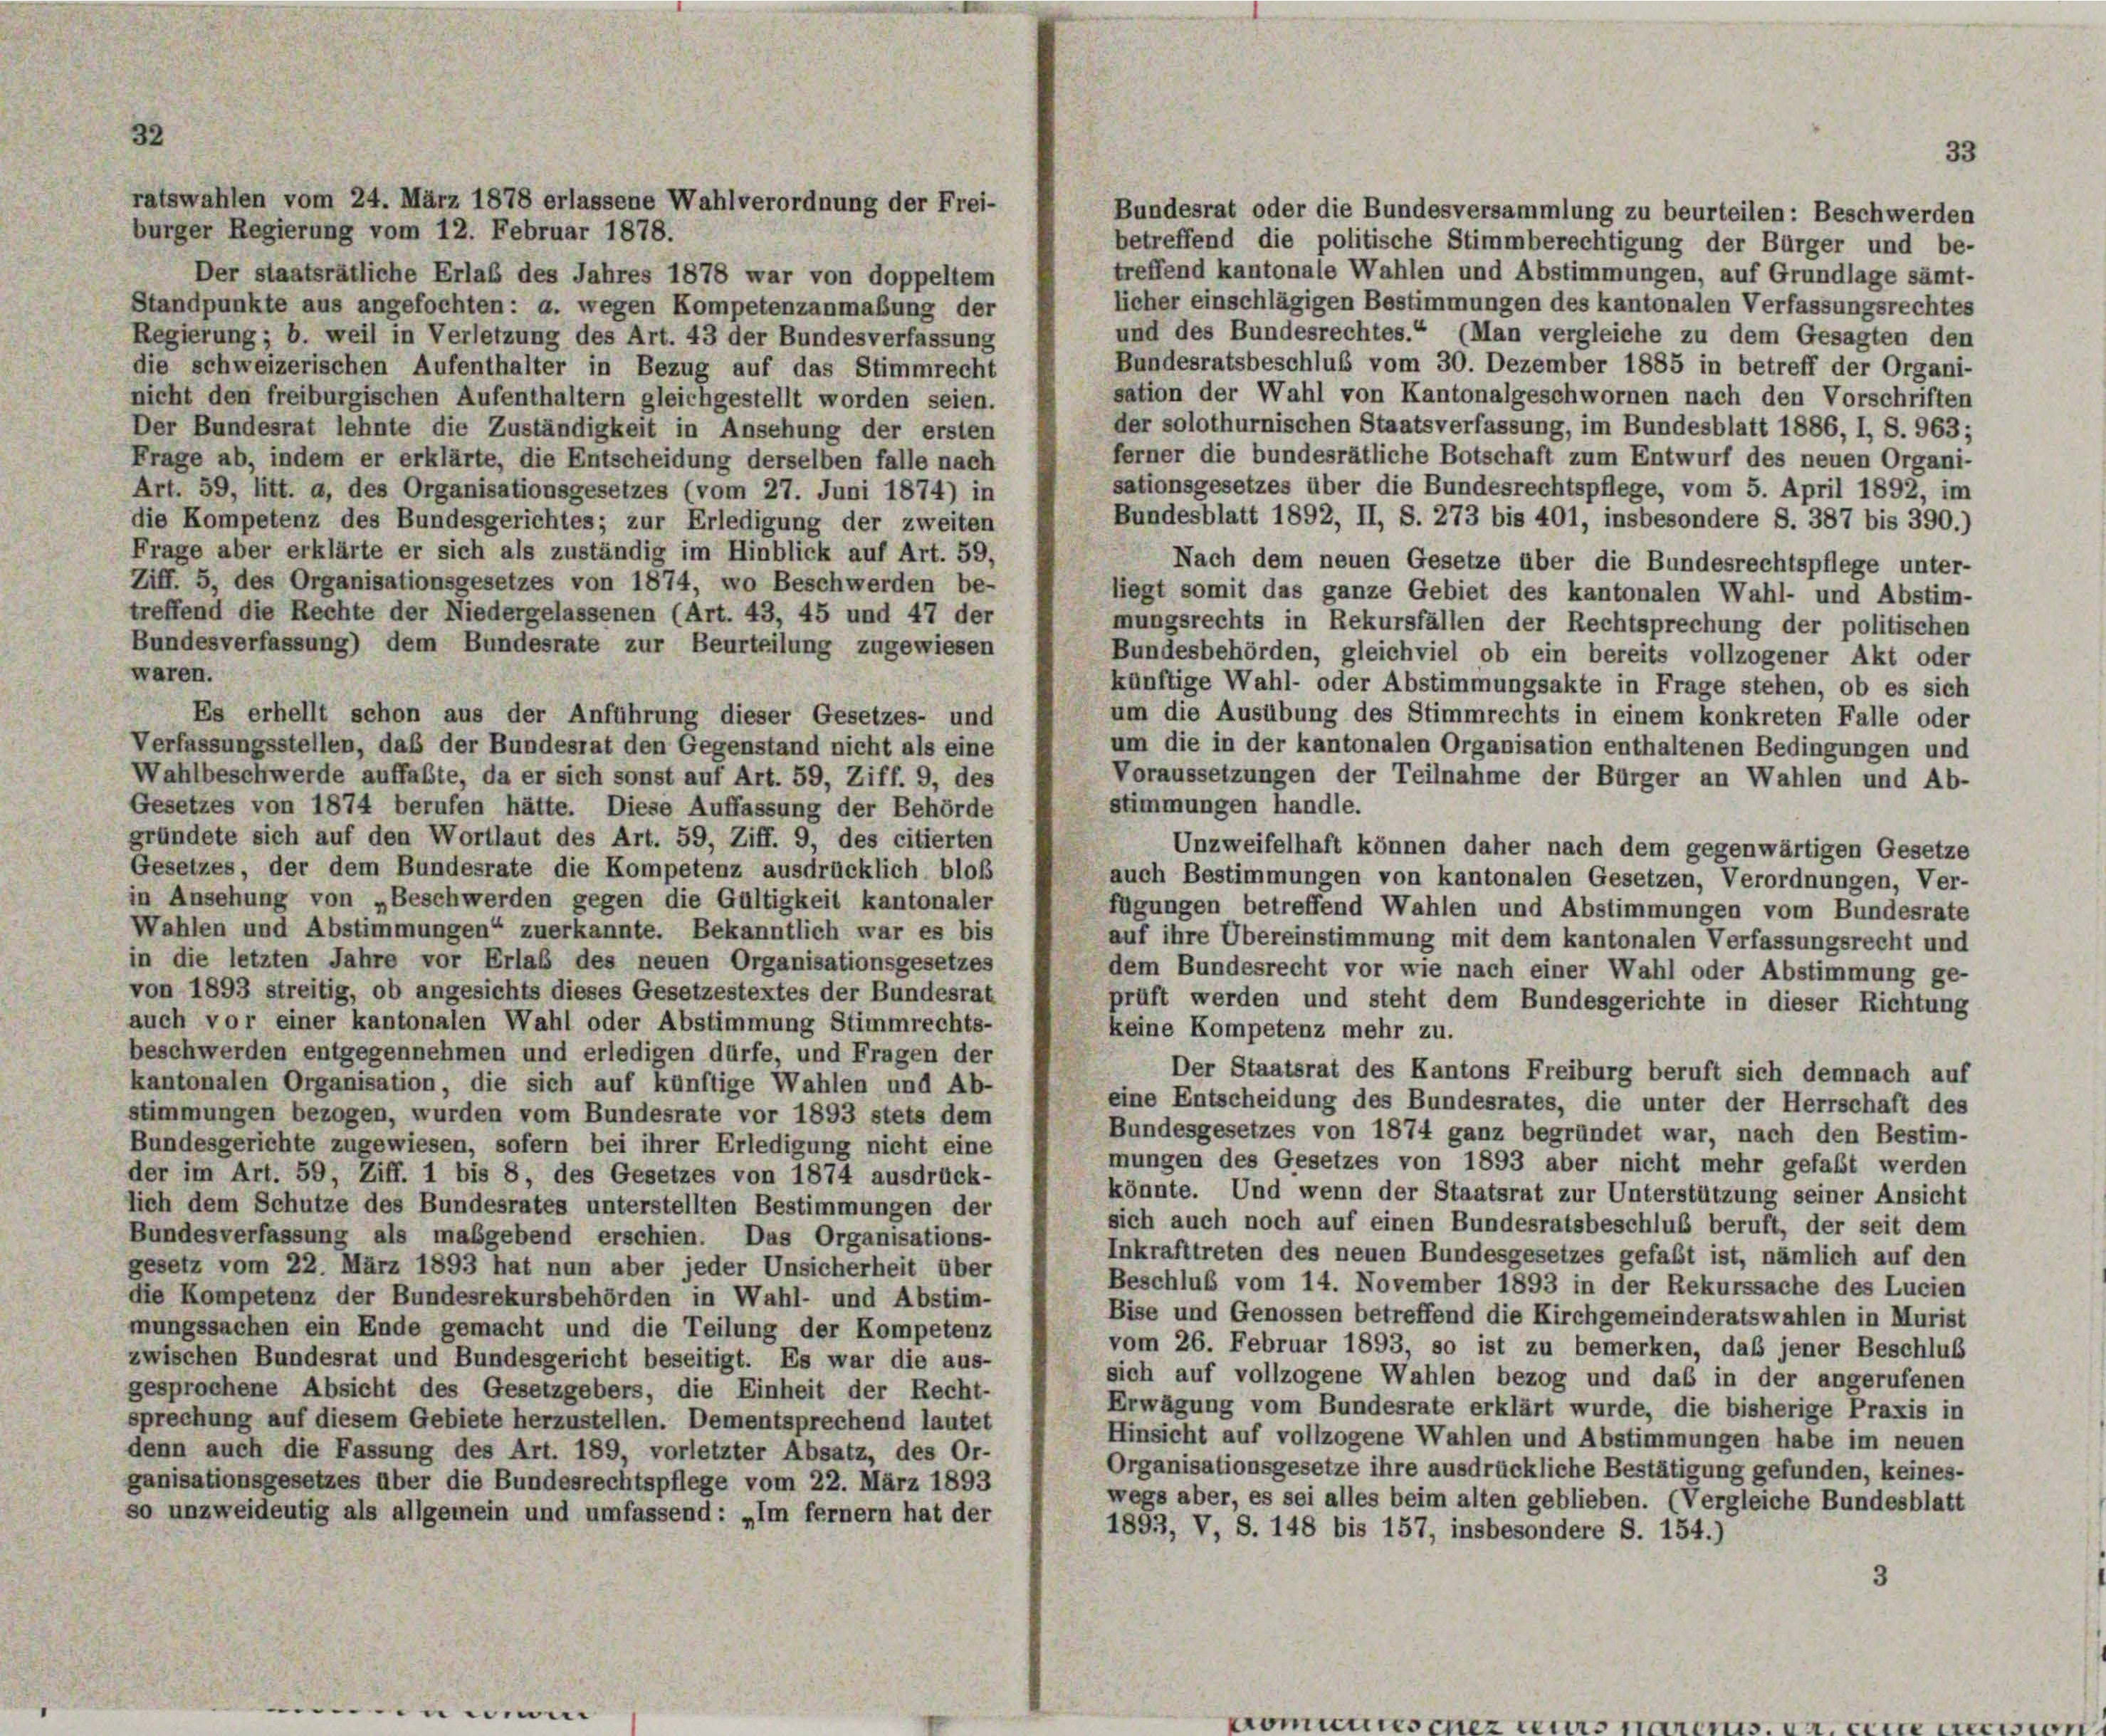
32

ratswahlen vom 24. März 1878 erlassene Wahlverordnung der Frei-
Bundesrat oder die Bundesversammlung zu beurteilen: Beschwerden
burger Regierung vom 12. Februar 1878.
betreffend die politische Stimmberechtigung der Bürger und be-
treffend kantonale Wahlen und Abstimmungen, auf Grundlage sämt-
Der staatsrätliche Erlaß des Jahres 1878 war von doppeltem
licher einschlägigen Bestimmungen des kantonalen Verfassungsrechtes
Standpunkte aus angefochten: a. wegen Kompetenzanmaßung der
und des Bundesrechtes.“ (Man vergleiche zu dem Gesagten den
Regierung; b. weil in Verletzung des Art. 43 der Bundesverfassung
Bundesratsbeschluß vom 30. Dezember 1885 in betreff der Organi-
die schweizerischen Aufenthalter in Bezug auf das Stimmrecht
sation der Wahl von Kantonalgeschwornen nach den Vorschriften
nicht den freiburgischen Aufenthaltern gleichgestellt worden seien.
der solothurnischen Staatsverfassung, im Bundesblatt 1886, I, S. 963;
Der Bundesrat lehnte die Zuständigkeit in Ansehung der ersten
ferner die bundesrätliche Botschaft zum Entwurf des neuen Organi-
Frage ab, indem er erklärte, die Entscheidung derselben falle nach
sationsgesetzes über die Bundesrechtspflege, vom 5. April 1892, im
Art. 59, litt. a, des Organisationsgesetzes (vom 27. Juni 1874) in
Bundesblatt 1892, II, S. 273 bis 401, insbesondere S. 387 bis 390.)
die Kompetenz des Bundesgerichtes; zur Erledigung der zweiten
Frage aber erklärte er sich als zuständig im Hinblick auf Art. 59,
Nach dem neuen Gesetze über die Bundesrechtspflege unter-
Ziff. 5, des Organisationsgesetzes von 1874, wo Beschwerden be-
liegt somit das ganze Gebiet des kantonalen Wahl- und Abstim-
treffend die Rechte der Niedergelassenen (Art. 43, 45 und 47 der
mungsrechts in Rekursfällen der Rechtsprechung der politischen
Bundesverfassung) dem Bundesrate zur Beurteilung zugewiesen
Bundesbehörden, gleichviel ob ein bereits vollzogener Akt oder
waren.
künftige Wahl- oder Abstimmungsakte in Frage stehen, ob es sich
um die Ausübung des Stimmrechts in einem konkreten Falle oder
Es erhellt schon aus der Anführung dieser Gesetzes- und
um die in der kantonalen Organisation enthaltenen Bedingungen und
Verfassungsstellen, daß der Bundesrat den Gegenstand nicht als eine
Wahlbeschwerde auffaßte, da er sich sonst auf Art. 59, Ziff. 9, des
Voraussetzungen der Teilnahme der Bürger an Wahlen und Ab-
stimmungen handle.
Gesetzes von 1874 berufen hätte. Diese Auffassung der Behörde
gründete sich auf den Wortlaut des Art. 59, Ziff. 9, des citierten
Unzweifelhaft können daher nach dem gegenwärtigen Gesetze
Gesetzes, der dem Bundesrate die Kompetenz ausdrücklich bloß
auch Bestimmungen von kantonalen Gesetzen, Verordnungen, Ver-
in Ansehung von „Beschwerden gegen die Gültigkeit kantonaler
fügungen betreffend Wahlen und Abstimmungen vom Bundesrate
Wahlen und Abstimmungen“ zuerkannte. Bekanntlich war es bis
auf ihre Übereinstimmung mit dem kantonalen Verfassungsrecht und
in die letzten Jahre vor Erlaß des neuen Organisationsgesetzes
dem Bundesrecht vor wie nach einer Wahl oder Abstimmung ge-
von 1893 streitig, ob angesichts dieses Gesetzestextes der Bundesrat
prüft werden und steht dem Bundesgerichte in dieser Richtung
auch vor einer kantonalen Wahl oder Abstimmung Stimmrechts-
keine Kompetenz mehr zu.
beschwerden entgegennehmen und erledigen dürfe, und Fragen der
Der Staatsrat des Kantons Freiburg beruft sich demnach auf
kantonalen Organisation, die sich auf künftige Wahlen und Ab-
eine Entscheidung des Bundesrates, die unter der Herrschaft des
stimmungen bezogen, wurden vom Bundesrate vor 1893 stets dem
Bundesgesetzes von 1874 ganz begründet war, nach den Bestim-
Bundesgerichte zugewiesen, sofern bei ihrer Erledigung nicht eine
mungen des Gesetzes von 1893 aber nicht mehr gefaßt werden
der im Art. 59, Ziff. 1 bis 8, des Gesetzes von 1874 ausdrück-
könnte. Und wenn der Staatsrat zur Unterstützung seiner Ansicht
lich dem Schutze des Bundesrates unterstellten Bestimmungen der
sich auch noch auf einen Bundesratsbeschluß beruft, der seit dem
Bundesverfassung als maßgebend erschien. Das Organisations-
Inkrafttreten des neuen Bundesgesetzes gefaßt ist, nämlich auf den
gesetz vom 22. März 1893 hat nun aber jeder Unsicherheit über
Beschluß vom 14. November 1893 in der Rekurssache des Lucien
die Kompetenz der Bundesrekursbehörden in Wahl- und Abstim-
Bise und Genossen betreffend die Kirchgemeinderatswahlen in Murist
mungssachen ein Ende gemacht und die Teilung der Kompetenz
vom 26. Februar 1893, so ist zu bemerken, daß jener Beschluß
zwischen Bundesrat und Bundesgericht beseitigt. Es war die aus-
sich auf vollzogene Wahlen bezog und das in der angerufenen
gesprochene Absicht des Gesetzgebers, die Einheit der Recht-
Erwägung vom Bundesrate erklärt wurde, die bisherige Praxis in
sprechung auf diesem Gebiete herzustellen. Dementsprechend lautet
Hinsicht auf vollzogene Wahlen und Abstimmungen habe im neuen
denn auch die Fassung des Art. 189, vorletzter Absatz, des Or-
Organisationsgesetze ihre ausdrückliche Bestätigung gefunden, keines-
ganisationsgesetzes über die Bundesrechtspflege vom 22. März 1893
wegs aber, es sei alles beim alten geblieben. (Vergleiche Bundesblatt
so unzweideutig als allgemein und umfassend: „Im fernem hat der
1893, V, S. 148 bis 157, insbesondere S. 154.)
3

33